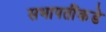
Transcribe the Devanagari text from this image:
सभापतींकडे